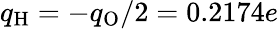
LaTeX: q_{\mathrm{H}}=-q_{\mathrm{O}}/2=0.2174e